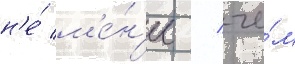
н'е́ м'е́н'ее / че́м